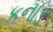
કનાડ